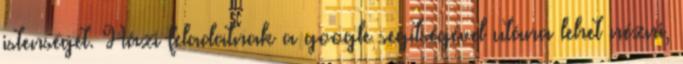
istenségét. Házi feladatnak a google segítségével utána lehet nézni,